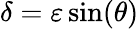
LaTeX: \delta=\varepsilon\sin(\theta)